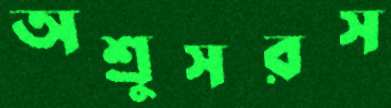
অশ্রুসরস